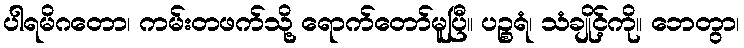
ပါရမိဂတော၊ ကမ်းတဖက်သို့ ရောက်တော်မူပြီ။ ပဉ္စရံ၊ သံချိုင့်ကို။ ဘေတွာ၊